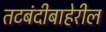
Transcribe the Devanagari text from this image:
तटबंदीबाहेरील